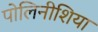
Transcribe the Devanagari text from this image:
पोलिनीशिया